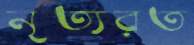
নৃত্যরত